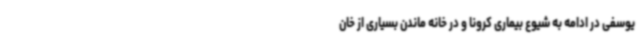
یوسفی در ادامه به شیوع بیماری کرونا و در خانه ماندن بسیاری از خان